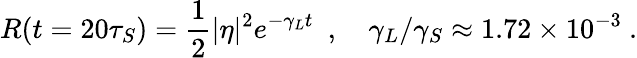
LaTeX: R(t=20\tau_{S})={\frac{1}{2}}|\eta|^{2}e^{-\gamma_{L}t}\enspace,\quad\gamma_{L}/\gamma_{S}\approx 1.72\times 10^{-3}\ .